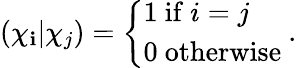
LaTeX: (\chi_{\mathbf{i}}|\chi_{j})={\left\{ \begin{array}{ll}{1{\mathrm{~if~}}i=j}\\ {0{\mathrm{~otherwise~}}}\end{array}\right.}.